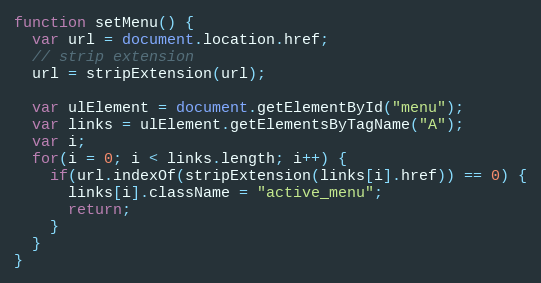
Language: JavaScript
function setMenu() {
  var url = document.location.href;
  // strip extension
  url = stripExtension(url);

  var ulElement = document.getElementById("menu");
  var links = ulElement.getElementsByTagName("A");
  var i;
  for(i = 0; i < links.length; i++) {
    if(url.indexOf(stripExtension(links[i].href)) == 0) {
      links[i].className = "active_menu";
      return;
    }
  }
}